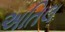
અતિલ